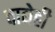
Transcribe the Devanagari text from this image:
वाद्येही